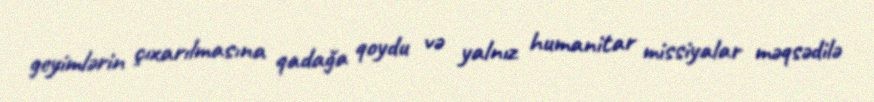
geyimlərin çıxarılmasına qadağa qoydu və yalnız humanitar missiyalar məqsədilə